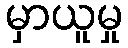
မှာယူမှု